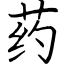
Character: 药